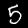
Label: 5